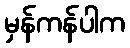
မှန်ကန်ပါက